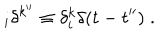
_ { i } \delta ^ { k ^ { \prime \prime } } \equiv \delta _ { i } ^ { k } \delta ( t - t ^ { \prime \prime } ) \; .